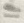
Text: 11